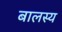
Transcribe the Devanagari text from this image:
बालस्य